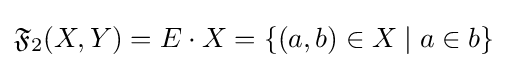
{\mathfrak {F}}_{2}(X,Y)=E\cdot X=\{(a,b)\in X\mid a\in b\}